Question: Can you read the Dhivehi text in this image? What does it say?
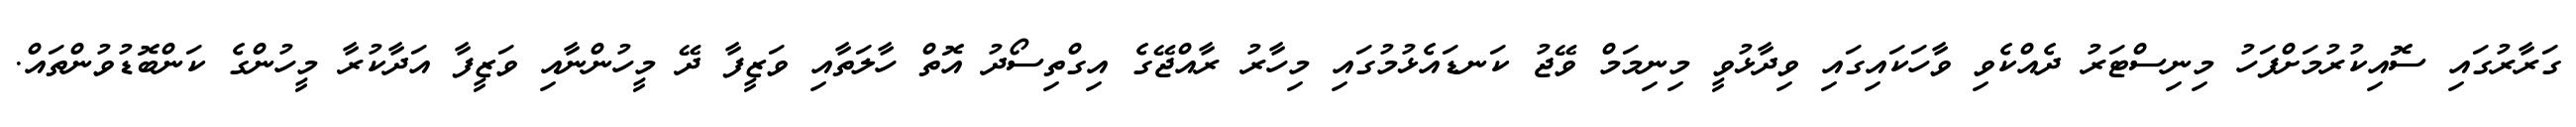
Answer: ގަރާރުގައި ސޮއިކުރުމަށްފަހު މިނިސްޓަރު ދެއްކެވި ވާހަކައިގައި ވިދާޅުވީ މިނިމަމް ވޭޖު ކަނޑައެޅުމުގައި މިހާރު ރާއްޖޭގެ އިގްތިސޯދު އޮތް ހާލަތާއި ވަޒީފާ ދޭ މީހުންނާއި ވަޒީފާ އަދާކުރާ މީހުންގެ ކަންބޮޑުވުންތައް.